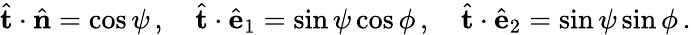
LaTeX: \hat{\mathbf t}\cdot\hat{\mathbf n}=\cos\psi\, ,\quad\hat{\mathbf t}\cdot\hat{\mathbf e}_{1}=\sin\psi\cos\phi\, ,\quad\hat{\mathbf t}\cdot\hat{\mathbf e}_{2}=\sin\psi\sin\phi\, .